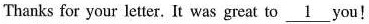
Thanks for your letter. It was great to \underline{1} you!